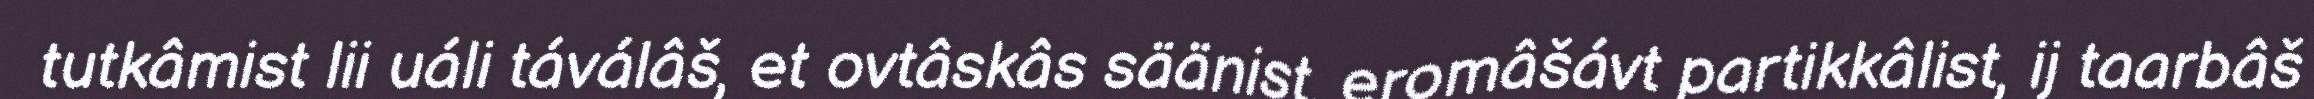
tutkâmist lii uáli táválâš, et ovtâskâs säänist, eromâšávt partikkâlist, ij taarbâš